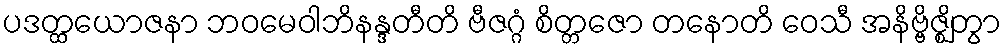
ပဒတ္ထယောဇနာ ဘဝမေဝါဘိနန္ဒတီတိ ဗီဇဂ္ဂံ စိတ္တဇော တနောတိ ဝေသီ အနိဗ္ဗိဇ္ဈိတွာ